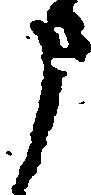
申